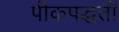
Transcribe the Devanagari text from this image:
पीकपद्धती